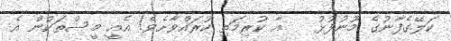
ކަލޭގެފާނުގެ މޫނުފުޅު   އާ ކުރިމަތި ކުރައްވާށެވެ! އެއީ މީސްތަކުން އެ